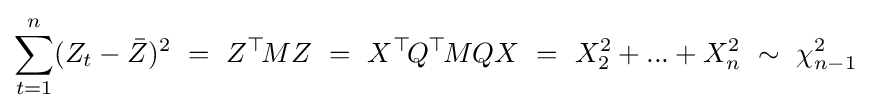
\sum _{t=1}^{n}(Z_{t}-{\bar {Z}})^{2}~=~Z^{\top }\!MZ~=~X^{\top }\!Q^{\top }\!MQX~=~X_{2}^{2}+...+X_{n}^{2}~\sim ~\chi _{n-1}^{2}